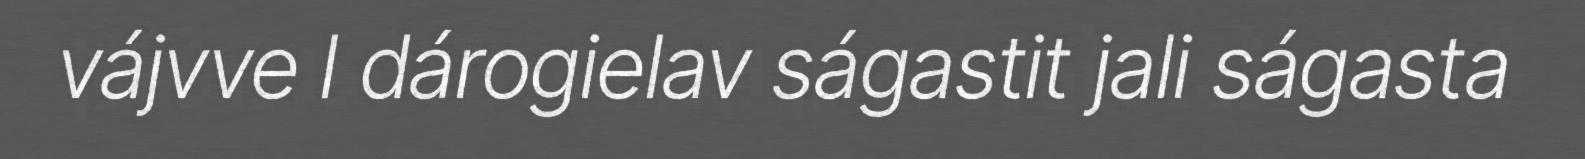
vájvve l dárogielav ságastit jali ságasta